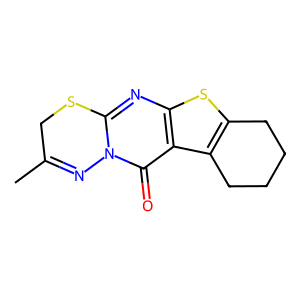
SMILES: CC1=Nn2c(nc3sc4c(c3c2=O)CCCC4)SC1
Inhibits HIV replication: No